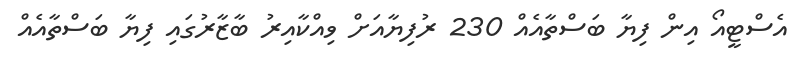
އެސްޓީއޯ އިން ފިޔާ ބަސްތާއެއް 230 ރުފިޔާއަށް ވިއްކާއިރު ބާޒާރުގައި ފިޔާ ބަސްތާއެއް